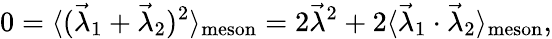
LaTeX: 0=\langle(\vec{\lambda}_{1}+\vec{\lambda}_{2})^{2}\rangle_{\mathrm{meson}}=2\vec{\lambda}^{2}+2\langle\vec{\lambda}_{1}\cdot\vec{\lambda}_{2}\rangle_{\mathrm{meson}},